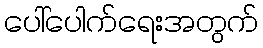
ပေါ်ပေါက်ရေးအတွက်